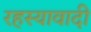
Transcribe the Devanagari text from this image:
रहस्यावादी